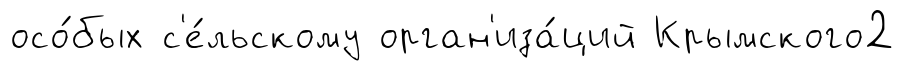
осо́бых с'е́льскому орган'иза́ций Крымского2